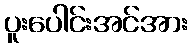
ပူးပေါင်းအင်အား